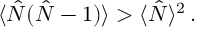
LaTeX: \langle { \hat { N } } ( { \hat { N } } - 1 ) \rangle > \langle { \hat { N } } \rangle ^ { 2 } \, .